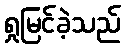
ရှုမြင်ခဲ့သည်